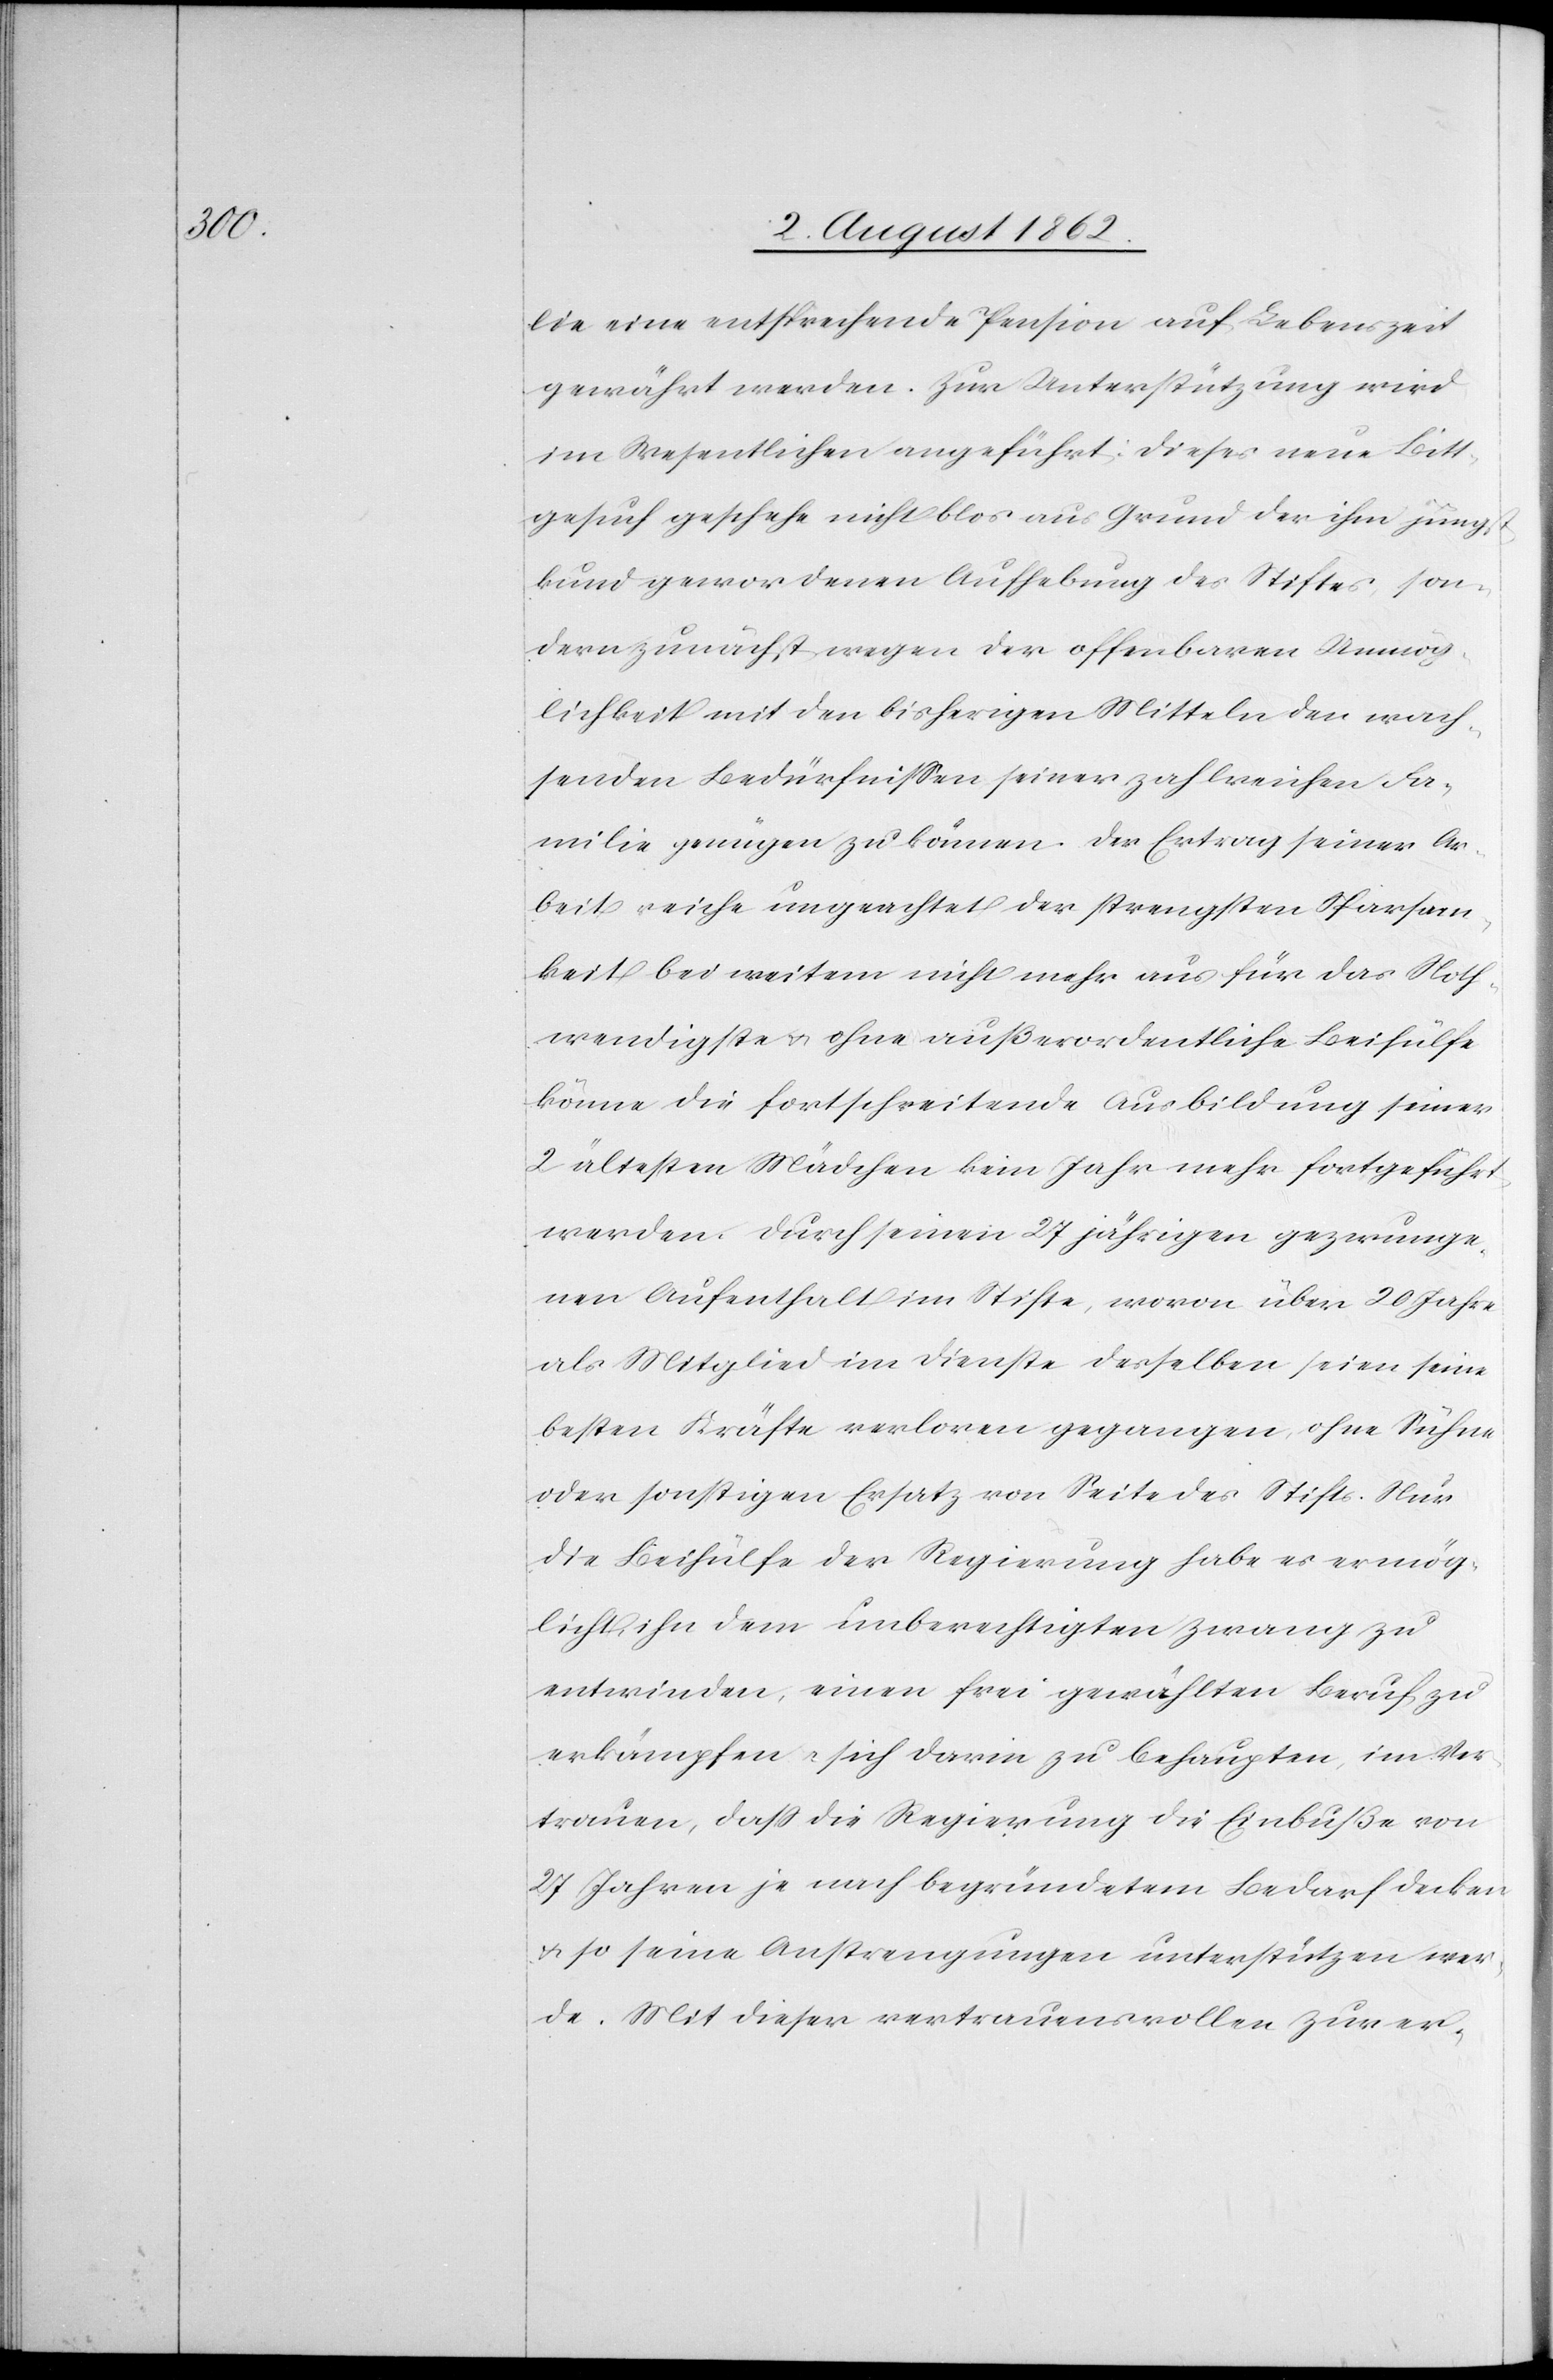
lie eine entsprechende Pension auf Lebenszeit
gewährt werden. Zur Unterstützung wird
im Wesentlichen angeführt: dieses neue Bitte¬
gesuch geschehe nicht blos aus Grund der ihm jüngst
kund gewordenen Aufhebung des Stiftes, son¬
dern zunächst wegen der offenbaren Unmög¬
lichkeit mit den bisherigen Mitteln den wach¬
senden Bedürfnissen seiner zahlreichen Fa¬
milie genügen zu können. Der Ertrag seiner Ar¬
beit reiche ungeachtet der strengsten Sparsam¬
keit bei weitem nicht mehr aus für das Noth¬
wendigste u. ohne außerordentliche Beihülfe
könne die fortschreitende Ausbildung seiner
2 ältesten Mädchen kein Jahr mehr fortgeführt
werden. Durch seinen 27 jährigen gezwunge¬
nen Aufenthalt im Stifte, wovon über 20 Jahre
als Mitglied im Dienste desselben seien seine
besten Kräfte verloren gegangen, ohne Sühne
oder sonstigen Ersatz von Seite des Stifts. Nur
die Behülfe der Regierung habe es ermög¬
licht, ihn dem unberechtigten Zwang zu
entwinden, einen frei gewählten Beruf zu
erkämpfen u. sich darin zu behaupten, im Ver¬
trauen, daß die Regierung die Einbuße von
27 Jahren je nach begründetem Bedarf decken
u. so seine Anstrengungen unterstützen wer¬
de. Mit dieser vertrauensvollen Zuver-